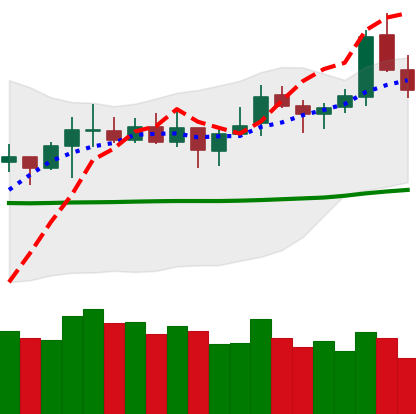
Ticker: LTC-USD
Chart end date: 2021-10-22
Forward return: -6.02%
Label: down_5_7